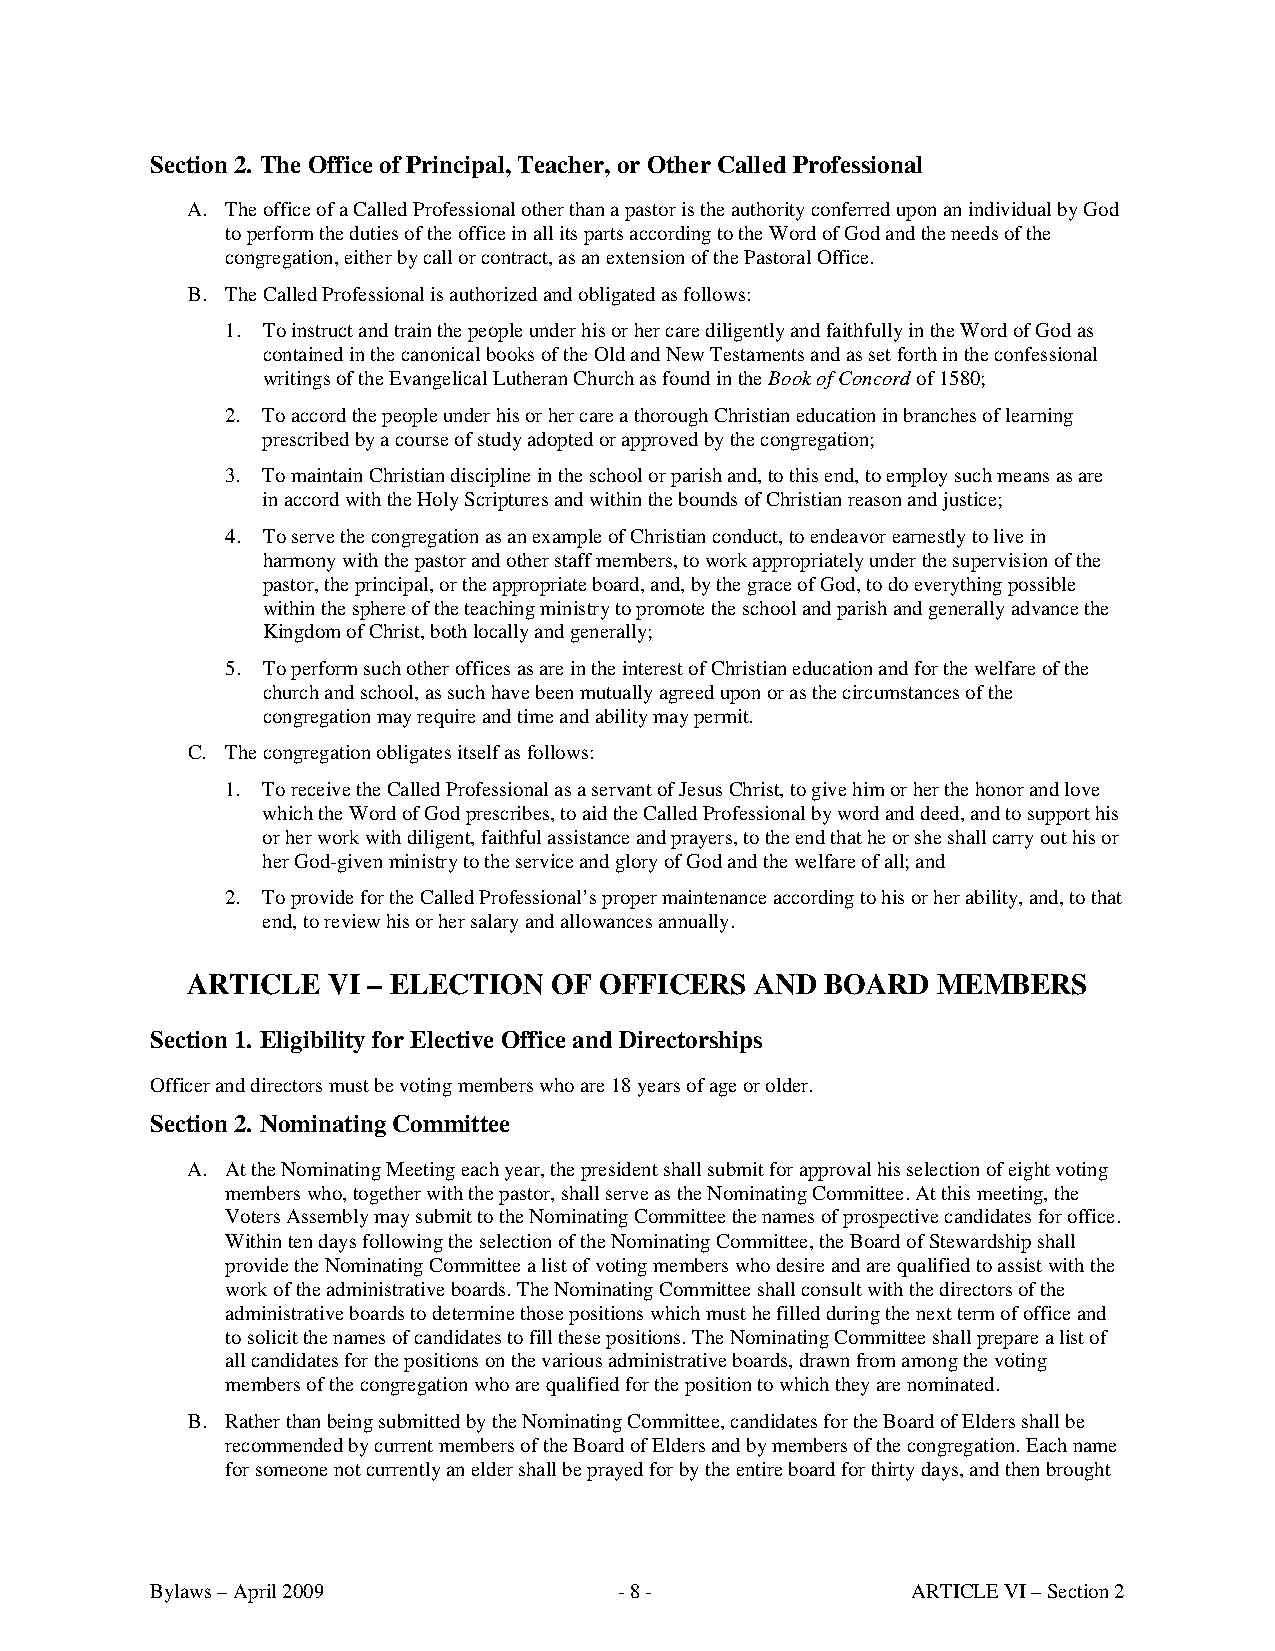
Section 2. The Office of Principal, Teacher, or Other Called Professional
 A. The office of a Called Professional other than a pastor is the authority conferred upon an individual by God
 to perform the duties of the office in all its parts according to the Word of God and the needs of the
 congregation, either by call or contract, as an extension of the Pastoral Office.
 B. The Called Professional is authorized and obligated as follows:
 1. To instruct and train the people under his or her care diligently and faithfully in the Word of God as
 contained in the canonical books of the Old and New Testaments and as set forth in the confessional
 writings of the Evangelical Lutheran Church as found in the Book of Concord of 1580;
 2. To accord the people under his or her care a thorough Christian education in branches of learning
 prescribed by a course of study adopted or approved by the congregation;
 3. To maintain Christian discipline in the school or parish and, to this end, to employ such means as are
 in accord with the Holy Scriptures and within the bounds of Christian reason and justice;
 4. To serve the congregation as an example of Christian conduct, to endeavor earnestly to live in
 harmony with the pastor and other staff members, to work appropriately under the supervision of the
 pastor, the principal, or the appropriate board, and, by the grace of God, to do everything possible
 within the sphere of the teaching ministry to promote the school and parish and generally advance the
 Kingdom of Christ, both locally and generally;
 5. To perform such other offices as are in the interest of Christian education and for the welfare of the
 church and school, as such have been mutually agreed upon or as the circumstances of the
 congregation may require and time and ability may permit.
 C. The congregation obligates itself as follows:
 1. To receive the Called Professional as a servant of Jesus Christ, to give him or her the honor and love
 which the Word of God prescribes, to aid the Called Professional by word and deed, and to support his
 or her work with diligent, faithful assistance and prayers, to the end that he or she shall carry out his or
 her God-given ministry to the service and glory of God and the welfare of all; and
 2. To provide for the Called Professional’s proper maintenance according to his or her ability, and, to that
 end, to review his or her salary and allowances annually.
 ARTICLE   VI – ELECTION  OF OFFICERS  AND  BOARD  MEMBERS
 Section 1. Eligibility for Elective Office and Directorships
 Officer and directors must be voting members who are 18 years of age or older.
 Section 2. Nominating Committee
 A. At the Nominating Meeting each year, the president shall submit for approval his selection of eight voting
 members who, together with the pastor, shall serve as the Nominating Committee. At this meeting, the
 Voters Assembly may submit to the Nominating Committee the names of prospective candidates for office.
 Within ten days following the selection of the Nominating Committee, the Board of Stewardship shall
 provide the Nominating Committee a list of voting members who desire and are qualified to assist with the
 work of the administrative boards. The Nominating Committee shall consult with the directors of the
 administrative boards to determine those positions which must he filled during the next term of office and
 to solicit the names of candidates to fill these positions. The Nominating Committee shall prepare a list of
 all candidates for the positions on the various administrative boards, drawn from among the voting
 members of the congregation who are qualified for the position to which they are nominated.
 B. Rather than being submitted by the Nominating Committee, candidates for the Board of Elders shall be
 recommended by current members of the Board of Elders and by members of the congregation. Each name
 for someone not currently an elder shall be prayed for by the entire board for thirty days, and then brought
 Bylaws – April 2009            - 8 -              ARTICLE VI – Section 2